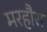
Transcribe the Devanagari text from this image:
मरहौरा